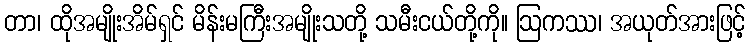
တာ၊ ထိုအမျိုးအိမ်ရှင် မိန်းမကြီးအမျိုးသတို့ သမီးငယ်တို့ကို။ ဩကဿ၊ အယုတ်အားဖြင့်